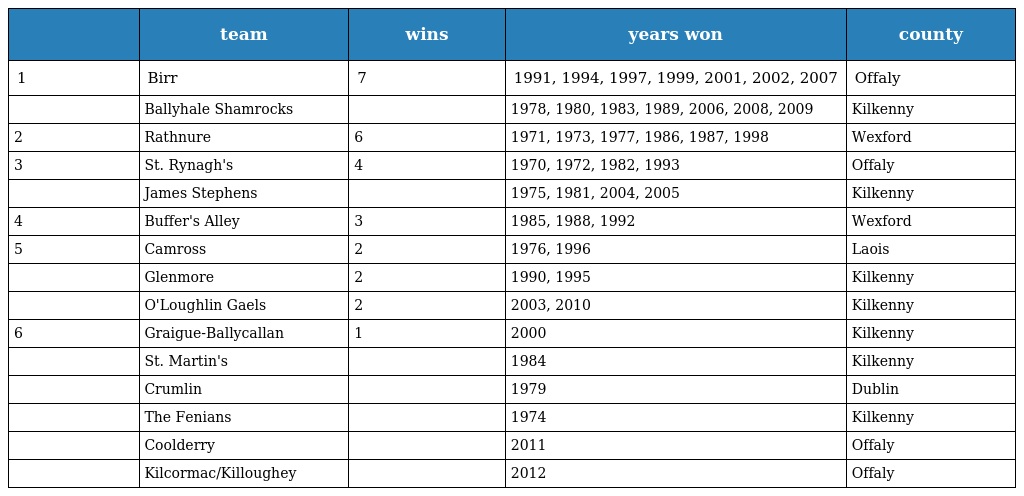
|  | team | wins | years won | county |
 | --- | --- | --- | --- | --- |
 | 1 | Birr | 7 | 1991, 1994, 1997, 1999, 2001, 2002, 2007 | Offaly |
 |  | Ballyhale Shamrocks |  | 1978, 1980, 1983, 1989, 2006, 2008, 2009 | Kilkenny |
 | 2 | Rathnure | 6 | 1971, 1973, 1977, 1986, 1987, 1998 | Wexford |
 | 3 | St. Rynagh's | 4 | 1970, 1972, 1982, 1993 | Offaly |
 |  | James Stephens |  | 1975, 1981, 2004, 2005 | Kilkenny |
 | 4 | Buffer's Alley | 3 | 1985, 1988, 1992 | Wexford |
 | 5 | Camross | 2 | 1976, 1996 | Laois |
 |  | Glenmore | 2 | 1990, 1995 | Kilkenny |
 |  | O'Loughlin Gaels | 2 | 2003, 2010 | Kilkenny |
 | 6 | Graigue-Ballycallan | 1 | 2000 | Kilkenny |
 |  | St. Martin's |  | 1984 | Kilkenny |
 |  | Crumlin |  | 1979 | Dublin |
 |  | The Fenians |  | 1974 | Kilkenny |
 |  | Coolderry |  | 2011 | Offaly |
 |  | Kilcormac/Killoughey |  | 2012 | Offaly |